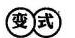
变式